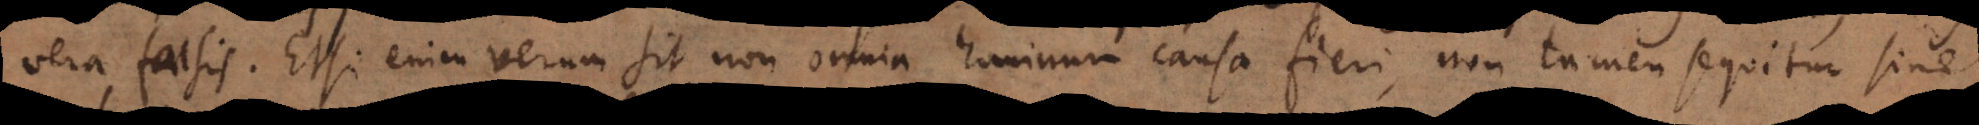
vera falsis. Etsi enim verum sit non omnia hominum causa fieri, non tamen sequitur sine